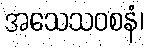
အသေသဝစနံ၊